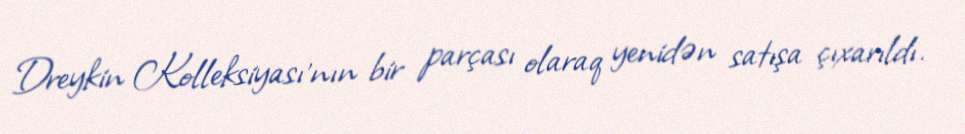
Dreykin Kolleksiyası'nın bir parçası olaraq yenidən satışa çıxarıldı.